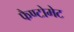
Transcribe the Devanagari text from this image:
फैण्टोमेट